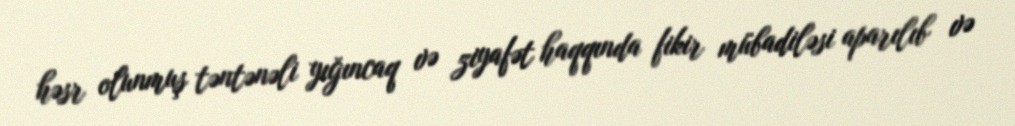
həsr olunmuş təntənəli yığıncaq və ziyafət haqqında fikir mübadiləsi aparılıb və